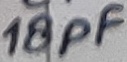
Text: 18pF